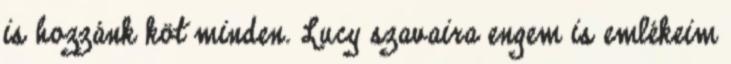
is hozzánk köt minden. Lucy szavaira engem is emlékeim